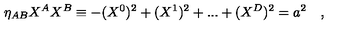
\eta _ { A B } X ^ { A } X ^ { B } \equiv - ( X ^ { 0 } ) ^ { 2 } + ( X ^ { 1 } ) ^ { 2 } + . . . + ( X ^ { D } ) ^ { 2 } = a ^ { 2 } \quad ,